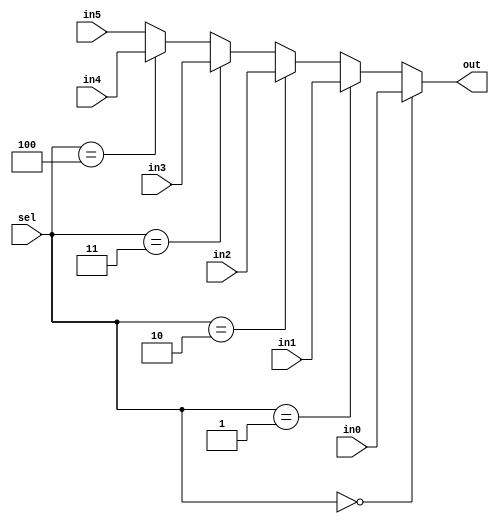
`timescale 1ns / 1ps
//////////////////////////////////////////////////////////////////////////////////
// Company: 
// Engineer: 
// 
// Design Name: 
// Module Name:    Mux6to1 
// Project Name: 
// Target Devices: 
// Tool versions: 
// Description: 
//
// Dependencies: 
//
// Revision: 
// Revision 0.01 - File Created
// Additional Comments: 
//
//////////////////////////////////////////////////////////////////////////////////
module Mux6to1(in0, in1, in2, in3, in4, in5, sel, out);
	 input [15:0] in0;
    input [15:0] in1;
    input [15:0] in2;
    input [15:0] in3;
    input [15:0] in4;
    input [15:0] in5;
    input [2:0] sel;
    output [15:0] out;

assign out = (sel == 0) ? in0 :(sel == 1) ? in1 :(sel == 2) ? in2 :(sel == 3) ? in3 :(sel == 4) ? in4 :in5;


endmodule